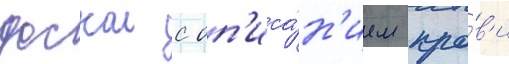
доскои с оп'иса́н'ием кро́в'и